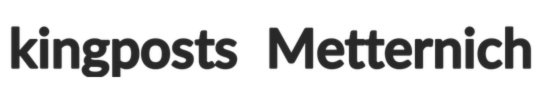
kingposts Metternich